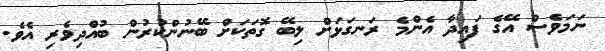
ނަމަވެސް އޭގެ ފައިދާ އެންމެ ރަނގަޅަށް ލިބޭ ގޮތަކަށް ބޭނުންކުރުން ބުއްދިވެރި އެވެ.